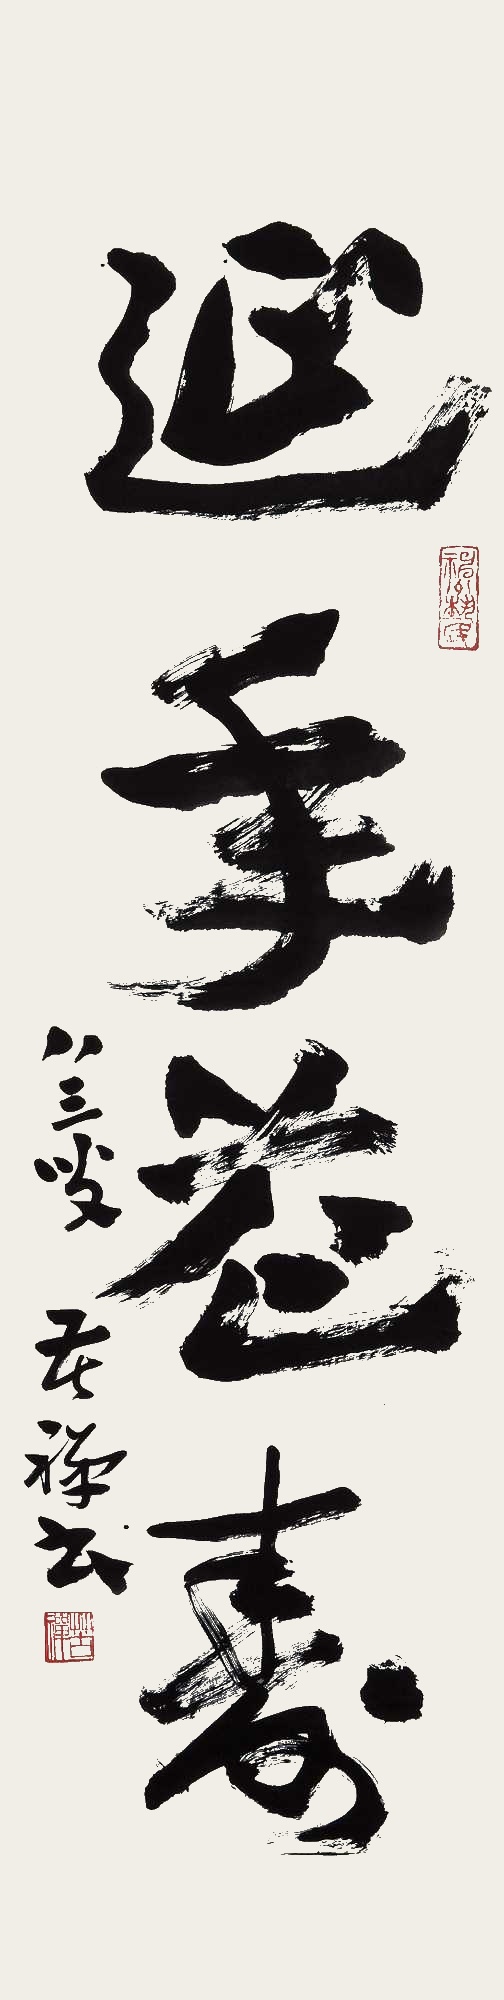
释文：延年益寿八三叟，苦禅书。